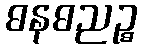
ဓနဓညဉ္စ